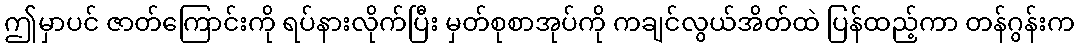
ဤမှာပင် ဇာတ်ကြောင်းကို ရပ်နားလိုက်ပြီး မှတ်စုစာအုပ်ကို ကချင်လွယ်အိတ်ထဲ ပြန်ထည့်ကာ တန်ဂွန်းက